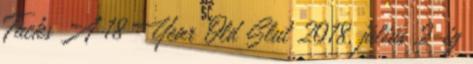
Fucks A 18 Year Old Slut 2018. július 2-ig